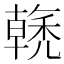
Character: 𱶡